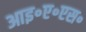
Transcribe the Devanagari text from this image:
आइ॰ए॰एस॰